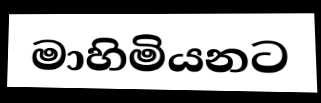
මාහිමියනට